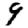
Digit: 9